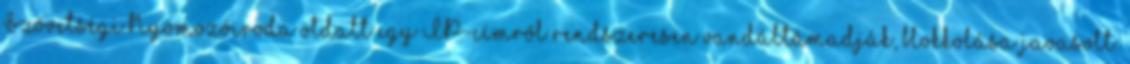
Szövetségi Nyomozóiroda oldalt egy IP-címről rendszeresen vandáltámadják, blokkolása javasolt.